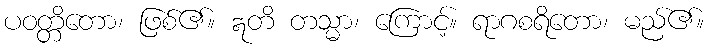
ပဝတ္တိတော၊ ဖြစ်၏။ ဣတိ တသ္မာ၊ ကြောင့်။ ရာဂစရိတော၊ မည်၏။